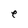
Character: e